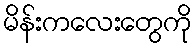
မိန်းကလေးတွေကို